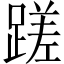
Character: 蹉